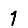
Digit: 1